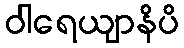
ဝါရေယျာနိပိ